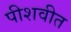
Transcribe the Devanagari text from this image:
पीशवीत